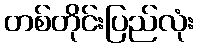
တစ်တိုင်းပြည်လုံး